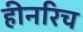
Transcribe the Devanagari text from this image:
हीनरिच